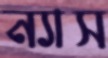
ন্যাস